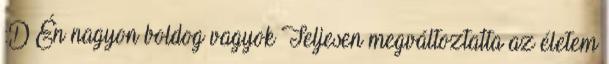
:D Én nagyon boldog vagyok Teljesen megváltoztatta az életem